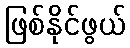
ဖြစ်နိုင်ဖွယ်